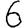
Digit: 6